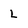
Character: L